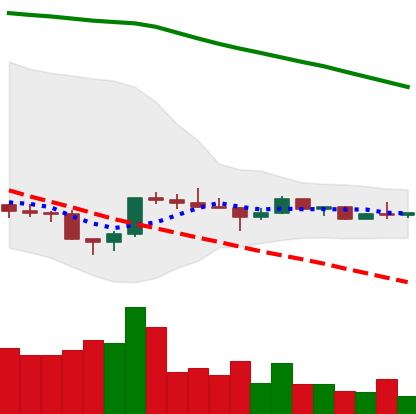
Ticker: ETC-USD
Chart end date: 2022-12-06
Forward return: -3.267%
Label: down_3_5